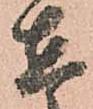
在